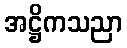
အဋ္ဌိကသညာ